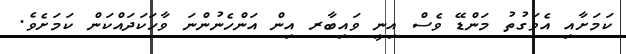
ކަމަށާއި އެވަގުތު މަންޑޭ ވެސް އިނީ ވައިބާރ އިން އަންހެނުންނަ ވާހަކަދައްކަން ކަމަށެވެ.